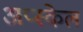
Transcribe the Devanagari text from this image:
अप्स्केल